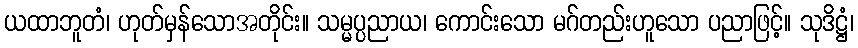
ယထာဘူတံ၊ ဟုတ်မှန်သောအတိုင်း။ သမ္မပ္ပညာယ၊ ကောင်းသော မဂ်တည်းဟူသော ပညာဖြင့်။ သုဒိဋ္ဌံ၊